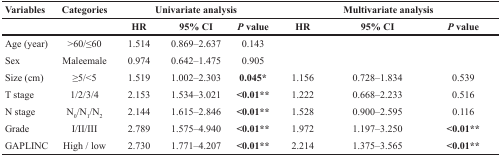
<table><thead><tr><td><b>Variables</b></td><td><b>Categories</b></td><td colspan="3"><b>Univariate analysis</b></td><td colspan="3"><b>Multivariate analysis</b></td></tr><tr><td></td><td></td><td><b>HR</b></td><td><b>95% CI</b></td><td><b><i>P</i> value</b></td><td><b>HR</b></td><td><b>95% CI</b></td><td><b><i>P</i> value</b></td></tr></thead><tbody><tr><td>Age (year)</td><td>&gt;60/≤60</td><td>1.514</td><td>0.869–2.637</td><td>0.143</td><td></td><td></td><td></td></tr><tr><td>Sex</td><td>Maleemale</td><td>0.974</td><td>0.642–1.475</td><td>0.905</td><td></td><td></td><td></td></tr><tr><td>Size (cm)</td><td>≥5/&lt;5</td><td>1.519</td><td>1.002–2.303</td><td><b>0.045</b>*</td><td>1.156</td><td>0.728–1.834</td><td>0.539</td></tr><tr><td>T stage</td><td>1/2/3/4</td><td>2.153</td><td>1.534–3.021</td><td><b>&lt;0.01**</b></td><td>1.222</td><td>0.668–2.233</td><td>0.516</td></tr><tr><td>N stage</td><td>N<sub>0</sub>/N<sub>1</sub>/N<sub>2</sub></td><td>2.144</td><td>1.615–2.846</td><td><b>&lt;0.01**</b></td><td>1.528</td><td>0.900–2.595</td><td>0.116</td></tr><tr><td>Grade</td><td>I/II/III</td><td>2.789</td><td>1.575–4.940</td><td><b>&lt;0.01**</b></td><td>1.972</td><td>1.197–3.250</td><td><b>&lt;0.01**</b></td></tr><tr><td>GAPLINC</td><td>High / low</td><td>2.730</td><td>1.771–4.207</td><td><b>&lt;0.01**</b></td><td>2.214</td><td>1.375–3.565</td><td><b>&lt;0.01**</b></td></tr></tbody></table>